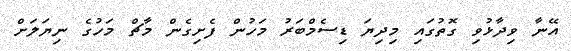
އޭނާ ވިދާޅުވި ގޮތުގައި މިދިޔަ ޑިސެމްބަރު މަހުން ފެށިގެން މާޗް މަހުގެ ނިޔަލަށް